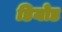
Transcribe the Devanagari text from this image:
डियोड